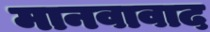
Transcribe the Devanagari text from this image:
मानवावाद